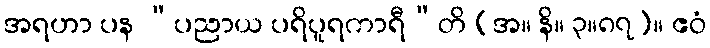
အရဟာ ပန “ပညာယ ပရိပူရကာရီ”တိ (အ။ နိ။ ၃။၈၇)။ ဧဝံ